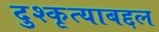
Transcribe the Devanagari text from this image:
दुश्कृत्याबद्दल